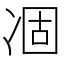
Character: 凅